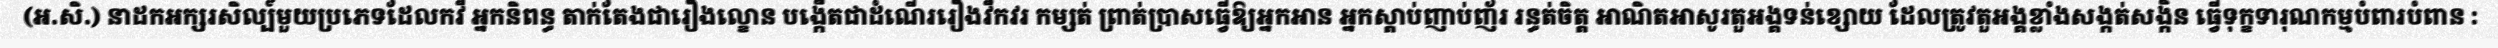
(អ.សិ.) នាដកអក្សរសិល្ប៍មួយប្រភេទដែលកវី អ្នកនិពន្ធ តាក់តែងជារឿងល្ខោន បង្កើតជាដំណើររឿងវឹកវរ កម្សត់ ព្រាត់ប្រាសធ្វើឱ្យអ្នកអាន អ្នកស្តាប់ញាប់ញ័រ រន្ធត់ចិត្ត អាណិតអាសូរតួអង្គទន់ខ្សោយ ដែលត្រូវតួអង្គខ្លាំងសង្កត់សង្កិន ធ្វើទុក្ខទារុណកម្មបំពារបំពាន :